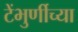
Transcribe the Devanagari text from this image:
टेंभुर्णीच्या